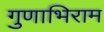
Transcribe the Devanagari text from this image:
गुणाभिराम